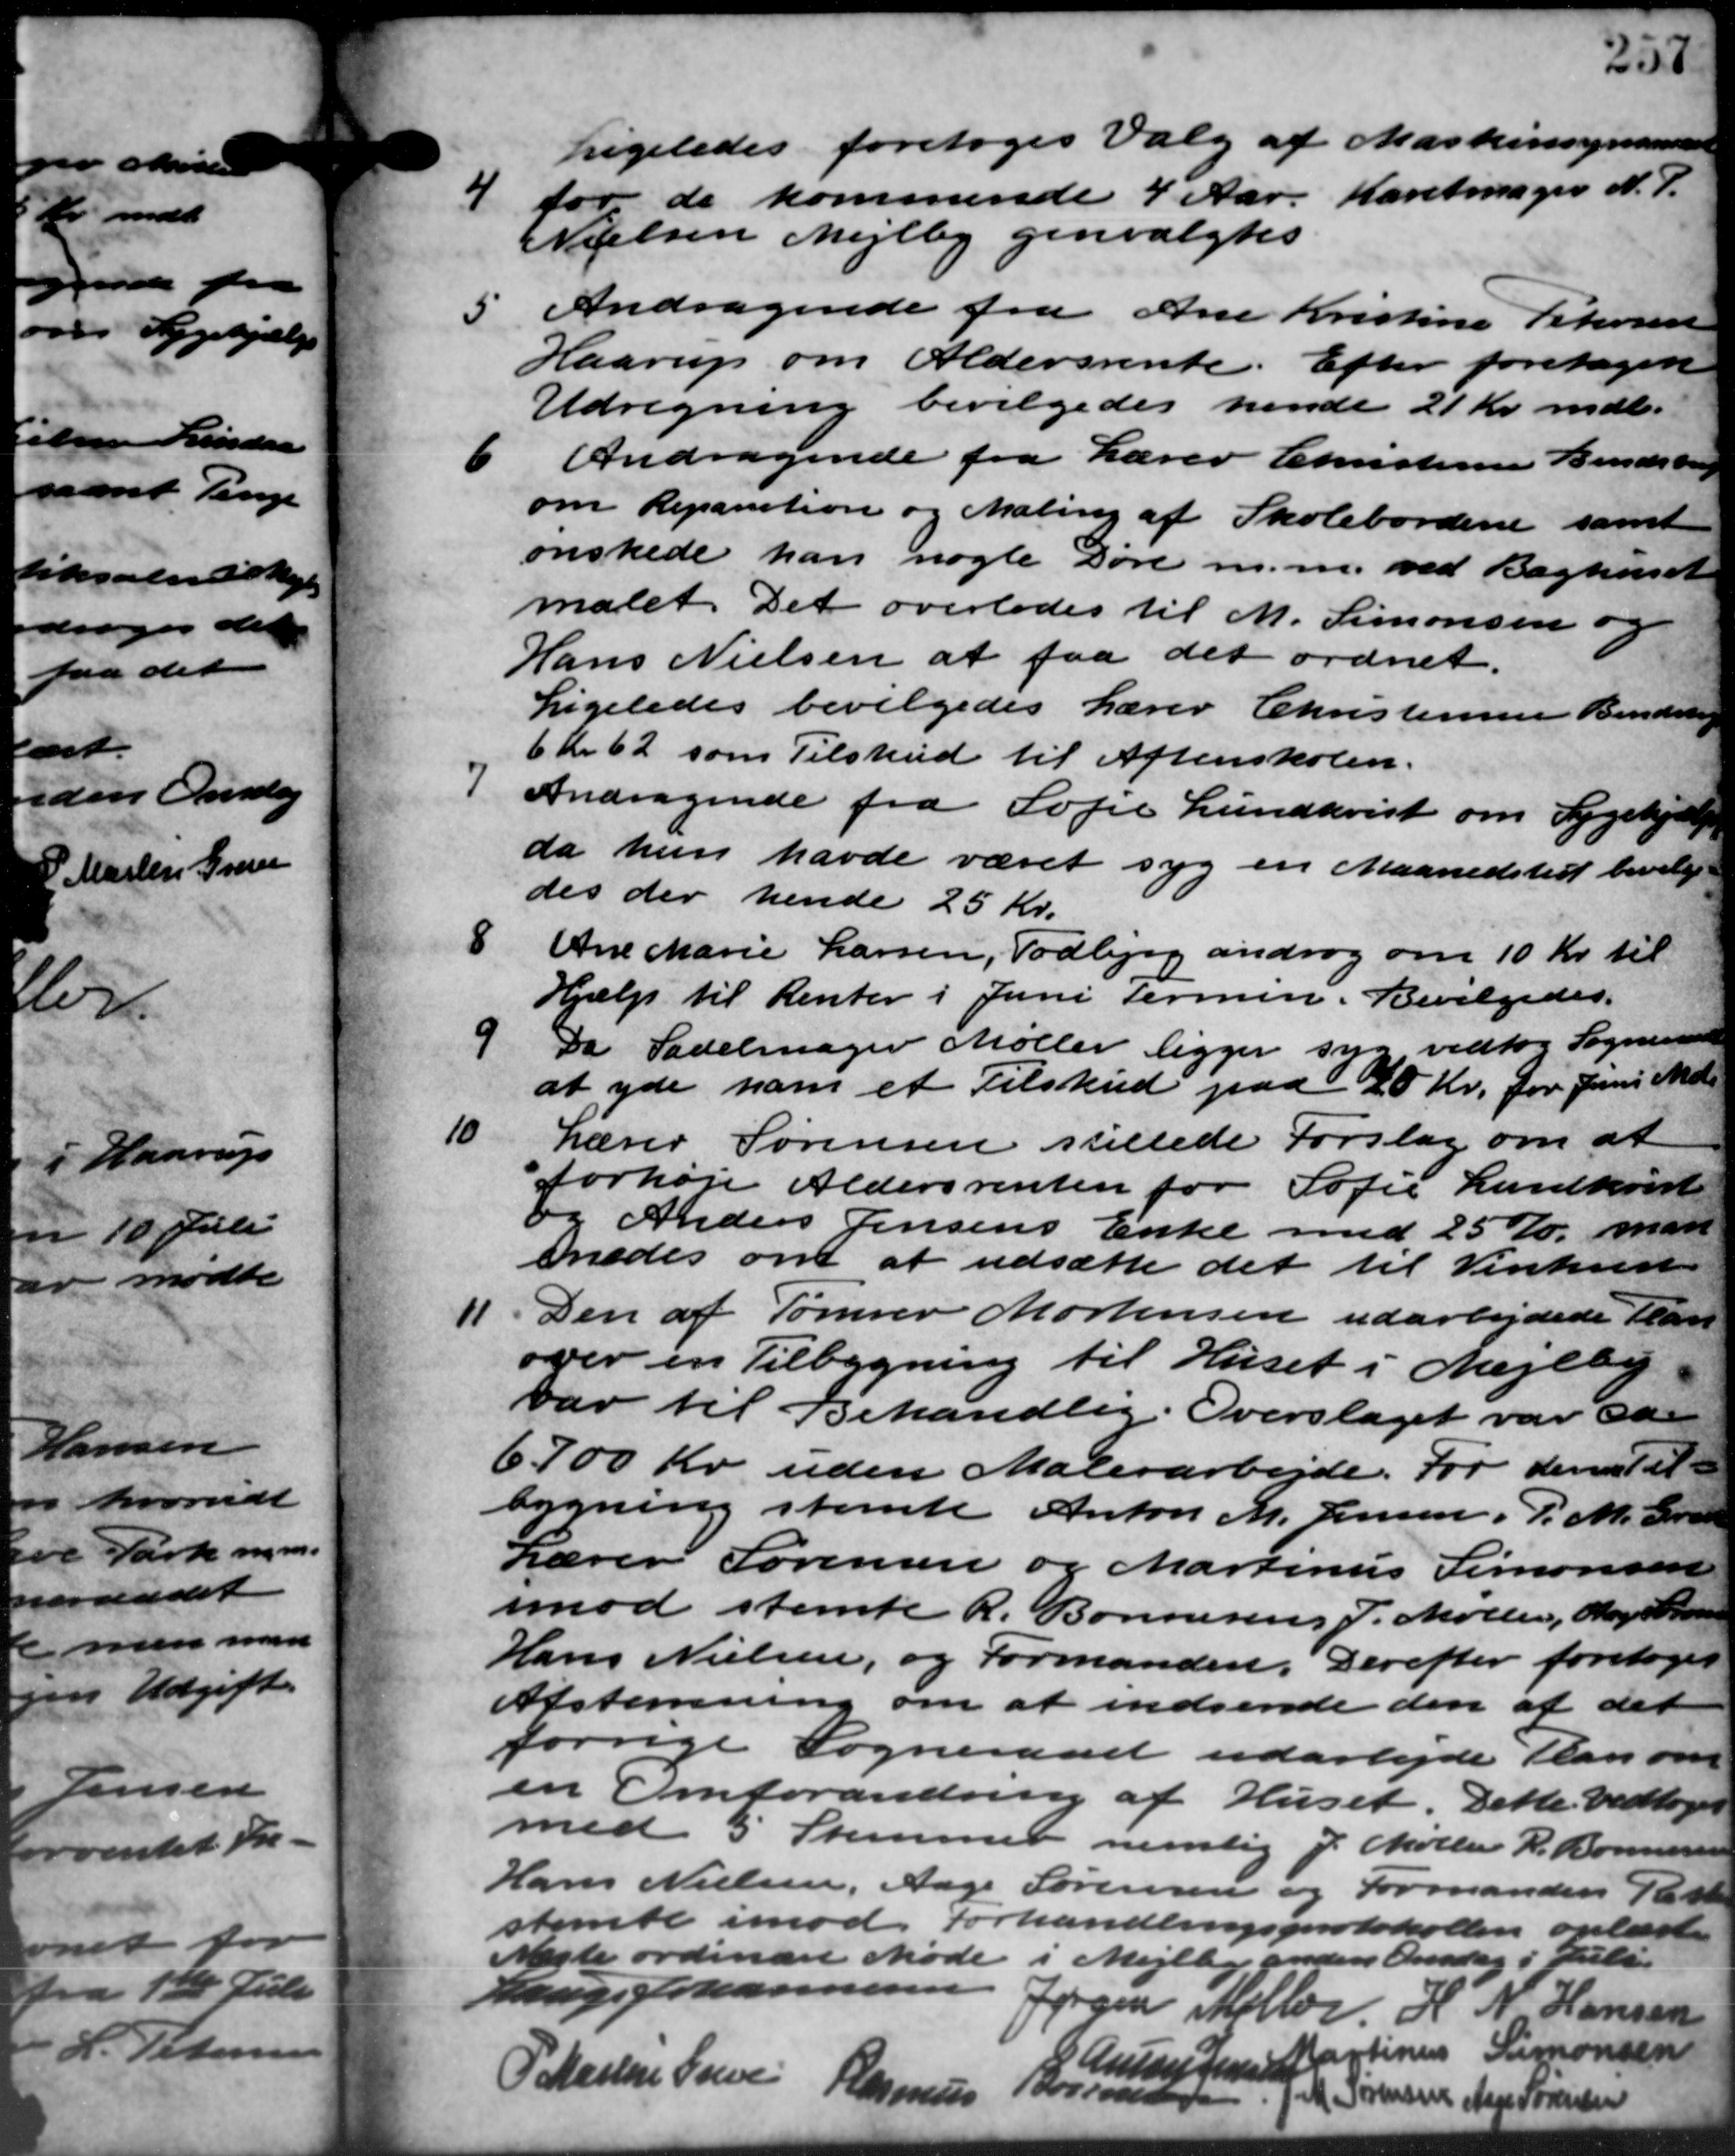
Transskription:
7
Ligeledes foretoges Valg af Maskinsynsmænd
for de kommende 4 Aar. Karetmager N. P.
Nielsen Mejlby genvalgtes
Andragende fra Ane Kristine Petersen
Haarup om Aldersrente. Efter foretagen
Udregning bevilgedes hende 21 Kr. mdl.
6
Andragende fra Lærer Christensen Bendstrup
om Repartion og Maling af Skolebordene samt
ønskede han nogle Døre m.m. ved Baghuset
malet. Det overlodes til M. Simonsen og
Hans Nielsen at faa det ordnet.
Ligeledes bevilgedes Lærer Christensen Bendstrup
6 kr 62 som Tilskud til Aftenskolen.
7
Andragende fra Sofie Lundkvist om Sygehjælp
da hun havde været syg en Maanedstid bevilge
des der hende 25 Kr.
8
Ane Marie Larsen, Todbjerg androg om 10 Kr. til
Hjælp til Renter i Juni Termin. Bevilgedes.
9
Da Sadelmager Møller ligger syg vedtog Sogneraadet
at yde ham et Tilskud paa 20 Kr. for Juni Mdl.
10
Lærer Sørensen stillede Forslag om at
forhøje Aldersrenten for Sofie Landkørt
og Anders Jensens Enke med 25 Kr. man
enedes om at udsætte det til Vinkrist
11. Den af Tømrer Mortensen udarbejdede Plan
11. Den af Tømrer Mortensen udarbejdede Plan
over en Tilbygning til Huset i Mejlby
var til Behandlig Overslaget var de
6700 Kr. uden Malerarbejde. For deres til
bygning stemte Anton M. Jensen, P. M. Gren
Lærer Sørensen og Martinus Simonsen
imod stemte R. Bonnesens J. Møller, Aage Sørensen
Hans Nielsen, og Formanden. Derefter foretoges
Afstemning om at indsende den af det
forrige Sogneraad udarbejde Plan om
en Omforandring af Huset. Dette vedtoges
med 5 Stemmer nemlig J. Møller P. Bonnesen
Hans Nielsen, Aage Sørensen og Formanden Takke
stemte imod Forhandlingsprotokollen oplæste
Nægte ordinære Møde i Mejlby anden Onsdag i Juli
Lauge Johans
Jørgen Møller H. N. Hansen
CAmsins Jens Mastensen Simonsen
P. Martin Greve Rasmus
Borrentere
J. M. Sørensen Aage Sørensen
5